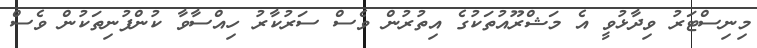
މިނިސްޓަރު ވިދާޅުވީ އެ މަޝްރޫއުތަކުގެ އިތުރުން ވެސް ސަރުކާރު ހިއްސާވާ ކުންފުނިތަކުން ވެސް